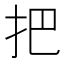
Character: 把